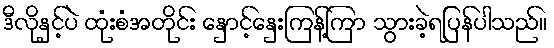
ဒီလိုနှင့်ပဲ ထုံးစံအတိုင်း နှောင့်နှေးကြန့်ကြာ သွားခဲ့ရပြန်ပါသည်။